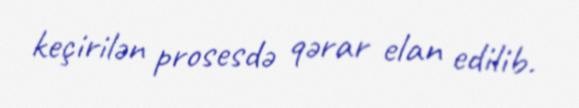
keçirilən prosesdə qərar elan edilib.